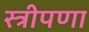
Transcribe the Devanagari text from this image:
स्त्रीपणा